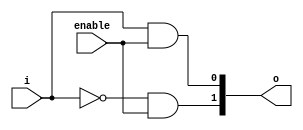
/*
 * Copyright International Business Machines Corporation 2016
 *
 * Printed in the United States of America June 2016
 *
 * IBM, the IBM logo, and ibm.com are trademarks or registered trademarks of
 * International Business Machines Corp.,
 * registered in many jurisdictions worldwide. Other product and service names
 * might be trademarks of IBM or other companies. A current list of IBM trademarks
 * is available on the Web at Copyright and trademark information at
 * www.ibm.com/legal/copytrade.shtml.
 *
 * Other company, product, and service names may be trademarks or service marks of
 * others.
 *
 * All information contained in this document is subject to change without notice.
 * The products described in this document are NOT intended for use in applications
 * such as implantation, life support, or other hazardous uses where malfunction
 * could result in death, bodily injury, or catastrophic property damage. The
 * information contained in this document does not affect or change IBM product
 * specifications or warranties. Nothing in this document shall operate as an
 * express or implied license or indemnity under the intellectual property rights
 * of IBM or third parties. All information contained in this document was obtained
 * in specific environments, and is presented as an illustration. The results
 * obtained in other operating environments may vary.
 * While the information contained herein is believed to be accurate, such
 * information is preliminary, and should not be relied upon for accuracy or
 * completeness, and no representations or warranties of accuracy or completeness
 * are made.
 *
 * Note: This document contains information on products in the design, sampling
 * and/or initial production phases of development. This information is subject to
 * change without notice. Verify with your IBM field applications engineer that you
 * have the latest version of this document before finalizing a design.
 * This document is intended for development of technology products compatible with
 * Power Architecture. You may use this document, for any purpose (commercial or
 * personal) and make modifications and distribute; however, modifications to this
 * document may violate Power Architecture and should be carefully considered. Any
 * distribution of this document or its derivative works shall include this Notice
 * page including but not limited to the IBM warranty disclaimer and IBM liability
 * limitation. No other licenses, expressed or implied, estoppel or otherwise to
 * any intellectual property rights is granted by this document.
 *
 * THE INFORMATION CONTAINED IN THIS DOCUMENT IS PROVIDED ON AN AS IS BASIS.
 * IBM makes no representations or warranties, either express or implied, including
 * but not limited to, warranties of merchantability, fitness for a particular
 * purpose, or non-infringement, or that any practice or implementation of the IBM
 * documentation will not infringe any third party patents, copyrights, trade
 * secrets, or other rights. In no event will IBM be liable for damages arising
 * directly or indirectly from any use of the information contained in this
 * document.
 *
 * IBM Systems and Technology Group
 * 2070 Route 52, Bldg. 330
 * Hopewell Junction, NY 12533-6351
 * The IBM home page can be found at ibm.com.
 */

// IBM Research - Zurich
// Zurich CAPI Streaming Layer
// Raphael Polig <pol@zurich.ibm.com>
// Heiner Giefers <hgi@zurich.ibm.com>
// Module Author: Andrew Martin

`timescale 1 ps / 1 ps

module zcsl_decode
#(
	parameter WIDTH = 1,
	parameter DEC_WIDTH = 2 ** WIDTH
)
(
	input enable,
	input [0:WIDTH-1] i,
	output [0:DEC_WIDTH-1] o
);

genvar j;
generate
for(j=0; j<DEC_WIDTH; j=j+1) begin : Gen
	assign o[j] = (i == j) & enable;
end
endgenerate

endmodule